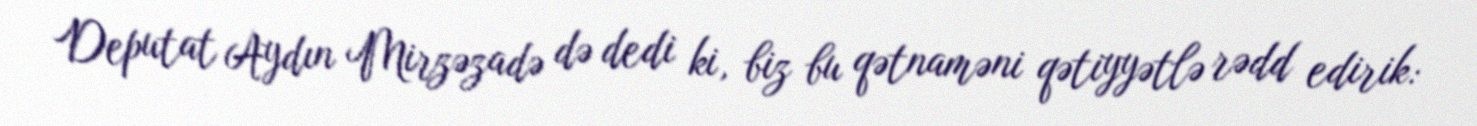
Deputat Aydın Mirzəzadə də dedi ki, biz bu qətnaməni qətiyyətlə rədd edirik: